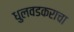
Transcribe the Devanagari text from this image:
धुलवडकराचा